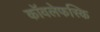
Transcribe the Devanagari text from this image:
कॉवलेफस्कि